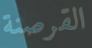
القرصنة